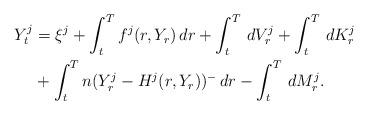
LaTeX: \begin{align*}Y^{j}_t&=\xi^j+\int_t^Tf^j(r,Y_r)\,dr+\int_t^T\,dV^j_r+\int_t^T\,dK^j_r\\&+\int_t^Tn(Y^{j}_r-H^j(r,Y_r))^-\,dr-\int_t^T\,dM^{j}_r.\end{align*}